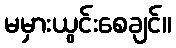
မမှားယွင်းစေချင်။